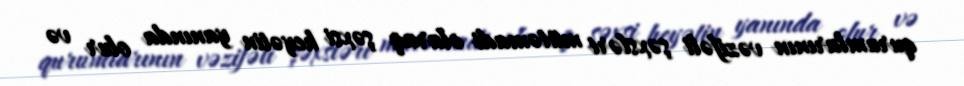
qurumlarının vəzifəli şəxsləri mütəmadi olaraq şəxsi heyətin yanında olur və